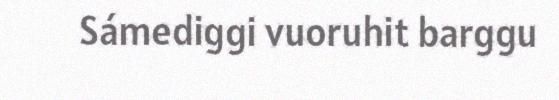
Sámediggi vuoruhit barggu